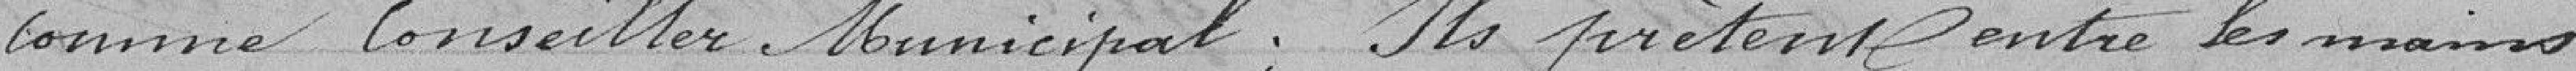
comme conseiller municipal; ils prêtent entre les mains